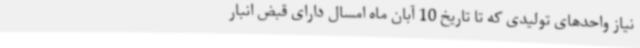
نیاز واحدهای تولیدی که تا تاریخ 10 آبان ماه امسال دارای قبض انبار